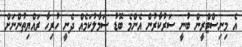
އެ މިނިސްޓްރީން ބުނީ ސަރުކާރުން އެންމެ ބޮޑު ސަމާލުކަމެއް ދެނީ ހުރިހާ ރައްޔިތުންނަށް